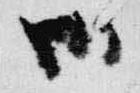
御